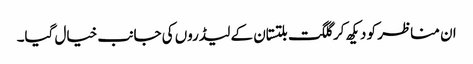
ان مناظر کو دیکھ کر گلگت بلتستان کے لیڈروں کی جانب خیال گیا۔